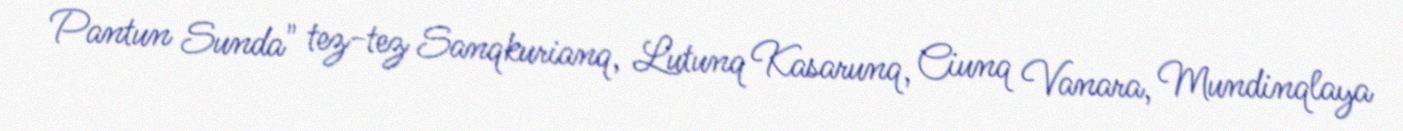
Pantun Sunda" tez-tez Sanqkurianq, Lutunq Kasarunq, Ciunq Vanara, Mundinqlaya